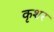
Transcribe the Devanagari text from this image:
कृशर